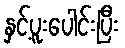
နှင့်ပူးပေါင်းပြီး